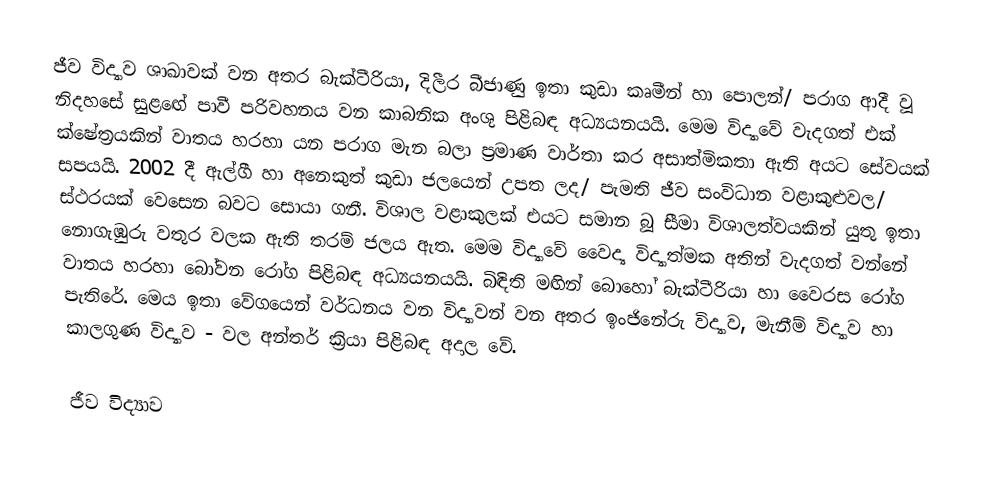
ජීව විද්‍යාව ශාඛාවක් වන අතර බැක්ටීරියා, දිලීර බීජාණු ඉතා කුඩා කෘමීන් හා පොලන්/ පරාග ආදී වූ නිදහසේ සුළඟේ පාවී පරිවහනය වන කාබනික අංශු පිළිබඳ අධ්‍යයනයයි. මෙම විද්‍යාවේ වැදගත් එක් ක්ෂේත්‍රයකින් වාතය හරහා යන පරාග මැන බලා ප්‍රමාණ වාර්තා කර අසාත්මිකතා ඇති අයට සේවයක් සපයයි. 2002 දී ඇල්ගී හා අනෙකුත් කුඩා ජලයෙන් උපත ලද/ පැමති ජීව සංවිධාන වළාකුළුවල/ ස්ථරයක් වෙසෙන බවට සොයා ගනී. විශාල වළාකුලක් එයට සමාන බූ සීමා විශාලත්වයකින් යුතු ඉතා නොගැඹුරු වතුර වලක ඇති තරම් ජලය ඇත. මෙම විද්‍යාවේ වෛද්‍ය විද්‍යාත්මක අතින් වැදගත් වන්නේ වාතය හරහා බෝවන රෝග පිළිබඳ අධ්‍යයනයයි. බිඳිති මඟින් බොහෝ බැක්ටීරියා හා වෛරස රෝග පැතිරේ. මෙය ඉතා වේගයෙන් වර්ධනය වන විද්‍යාවන් වන අතර ඉංජිනේරු විද්‍යාව, මැනීම් විද්‍යාව හා කාලගුණ විද්‍යාව - වල අන්තර් ක්‍රියා පිළිබඳ අදාල වේ.

ජීව විද්‍යාව